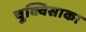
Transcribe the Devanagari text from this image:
चुक्विसाका